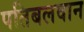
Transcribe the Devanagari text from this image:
पतिबलवान